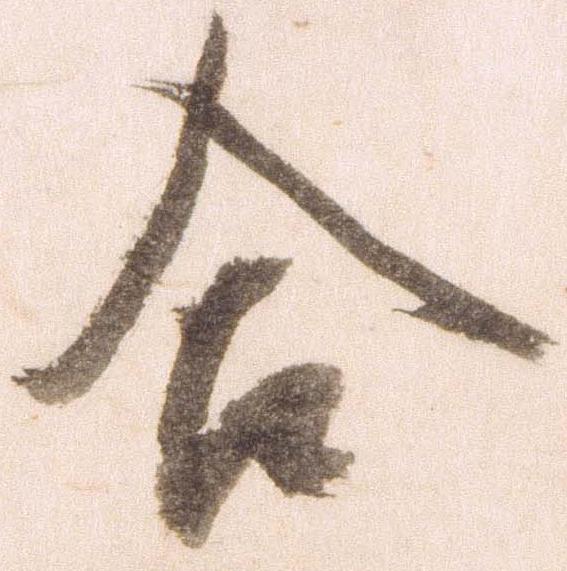
合